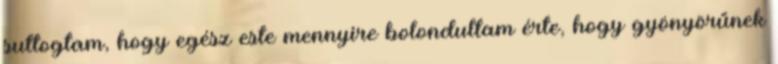
suttogtam, hogy egész este mennyire bolondultam érte, hogy gyönyörűnek